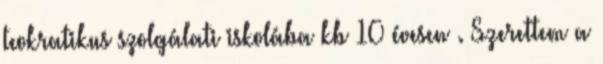
teokratikus szolgálati iskolába kb 10 évesen . Szerettem a